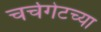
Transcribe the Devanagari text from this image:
चर्चगेटच्या